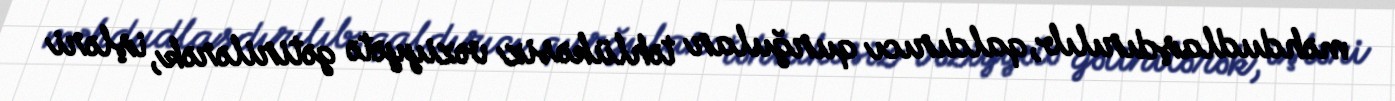
məhdudlaşdırılıb, qaldırıcı qurğular təhlükəsiz vəziyyətə gətirilərək, işləri